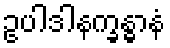
ဥပါဒါနက္ခန္ဓာနံ